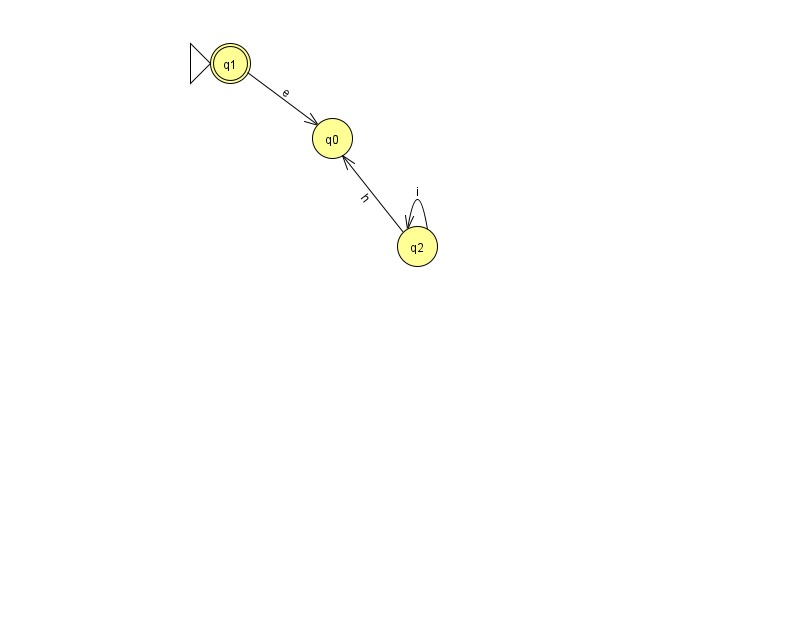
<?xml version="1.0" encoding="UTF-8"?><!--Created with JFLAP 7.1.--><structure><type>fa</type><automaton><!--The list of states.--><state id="0" name="q0"><x>332.0</x><y>125.0</y></state><state id="1" name="q1"><x>230.0</x><y>50.0</y><initial/><final/></state><state id="2" name="q2"><x>417.0</x><y>233.0</y></state><!--The list of transitions.--><transition><from>2</from><to>0</to><read>h</read></transition><transition><from>1</from><to>0</to><read>e</read></transition><transition><from>2</from><to>2</to><read>i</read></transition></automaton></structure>